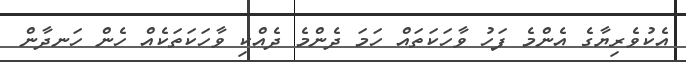
އެކުވެރިޔާގެ އެންމެ ފަހު ވާހަކަތައް ހަމަ ދެންމެ ދެއްކި ވާހަކަތަކެއް ހެން ހަނދާން